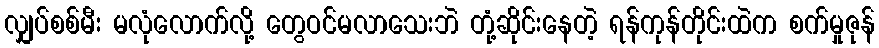
လျှပ်စစ်မီး မလုံလောက်လို့ တွေဝင်မလာသေးဘဲ တုံ့ဆိုင်းနေတဲ့ ရန်ကုန်တိုင်းထဲက စက်မှုဇုန်